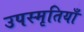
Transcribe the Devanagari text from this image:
उपस्मृतियाँ